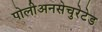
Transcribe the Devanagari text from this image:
पोलीअनसेचुरेटेड